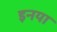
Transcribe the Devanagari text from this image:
इनया